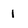
Character: 1